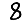
Digit: 8